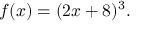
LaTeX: f ( x ) = ( 2 x + 8 ) ^ { 3 } .